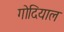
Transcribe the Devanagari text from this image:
गोदियाल